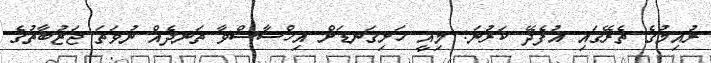
ރުއިމުގެ ތެރޭގައި އުފެދޭ ކަރުނަ: މިއީ ހަށިގަނޑަށް އިހްސާސްވާ ތަނދެއް ނުވަތަ ޖަޒުބާތުގެ